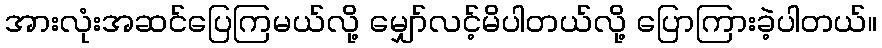
အားလုံးအဆင်ပြေကြမယ်လို့ မျှော်လင့်မိပါတယ်လို့ ပြောကြားခဲ့ပါတယ်။